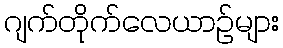
ဂျက်တိုက်လေယာဉ်များ